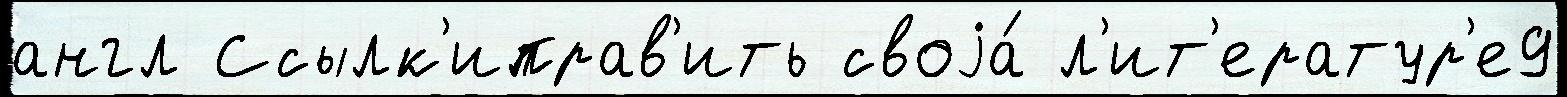
англ Ссылк'иправ'ить своjа́ л'ит'ератур'е9